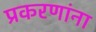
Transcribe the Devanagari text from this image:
प्रकरणांना